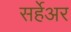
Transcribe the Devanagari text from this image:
सर्हेअर